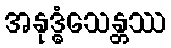
အနုဒ္ဓံသေန္တဿ